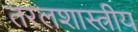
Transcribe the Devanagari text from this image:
तरलशास्त्रीय